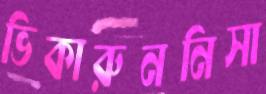
ভিকারুননিসা